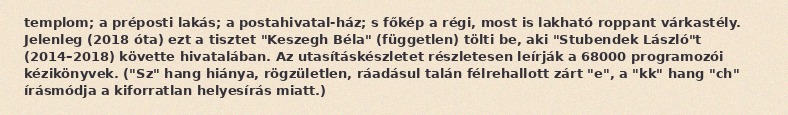
templom; a préposti lakás; a postahivatal-ház; s főkép a régi, most is lakható roppant várkastély. Jelenleg (2018 óta) ezt a tisztet "Keszegh Béla" (független) tölti be, aki "Stubendek László"t (2014–2018) követte hivatalában. Az utasításkészletet részletesen leírják a 68000 programozói kézikönyvek. ("Sz" hang hiánya, rögzületlen, ráadásul talán félrehallott zárt "e", a "kk" hang "ch" írásmódja a kiforratlan helyesírás miatt.)